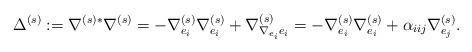
LaTeX: \begin{align*}\Delta ^{(s)}:= \nabla ^{(s)*} \nabla ^{(s)} = -\nabla ^{(s)}_{e_{i}}\nabla ^{(s)}_{e_{i}}+\nabla ^{(s)}_{\nabla _{e_{i}}e_{i}} =-\nabla ^{(s)}_{e_{i}}\nabla ^{(s)}_{e_{i}}+\alpha _{iij}\nabla ^{(s)}_{e_{j}}.\end{align*}